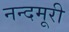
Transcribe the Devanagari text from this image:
नन्दमूरी